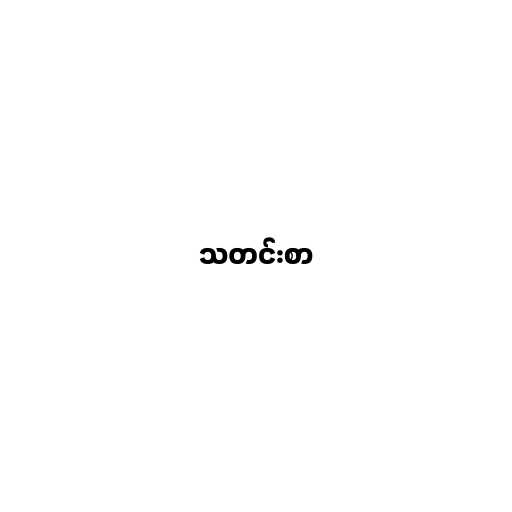
သတင်းစာ